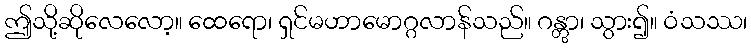
ဤသို့ဆိုလေလော့။ ထေရော၊ ရှင်မဟာမောဂ္ဂလာန်သည်။ ဂန္တွာ၊ သွား၍။ ဝံသဿ၊